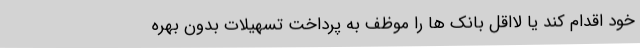
خود اقدام کند یا لااقل بانک ها را موظف به پرداخت تسهیلات بدون بهره